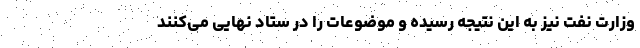
وزارت نفت نیز به این نتیجه رسیده و موضوعات را در ستاد نهایی می‌کنند